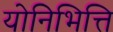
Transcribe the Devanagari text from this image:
योनिभित्ति